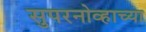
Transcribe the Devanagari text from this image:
सुपरनोव्हाच्या